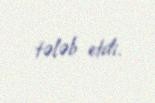
tələb etdi.